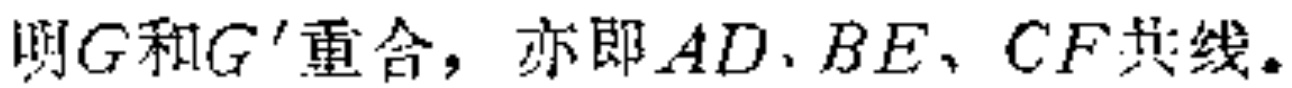
则\(G\)和\(G'\)重合，亦即\(AD、BE、CF\)共线。